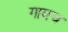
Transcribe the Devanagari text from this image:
गावच